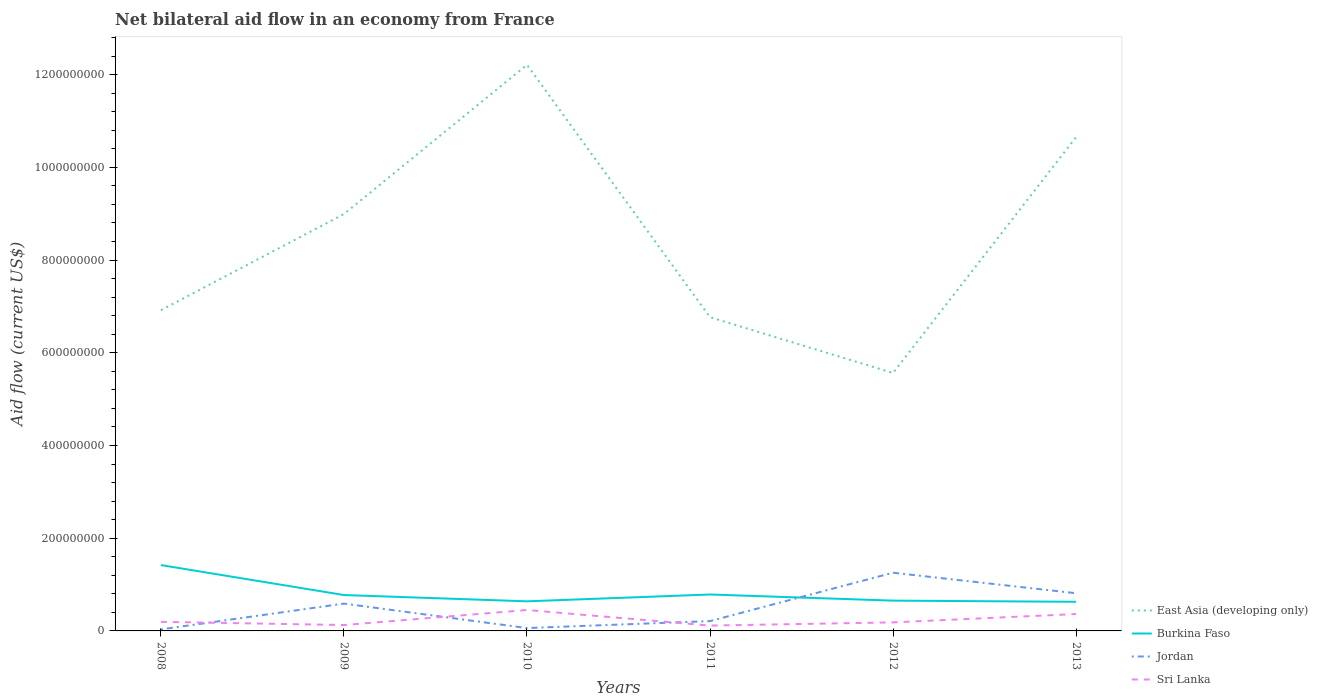
| Years | East Asia (developing only) | Burkina Faso | Jordan | Sri Lanka |
 | --- | --- | --- | --- | --- |
 | 2008 | 6.92e+08 | 1.42e+08 | 3.32e+06 | 1.96e+07 |
 | 2009 | 8.99e+08 | 7.74e+07 | 5.89e+07 | 1.27e+07 |
 | 2010 | 1.22e+09 | 6.38e+07 | 6.16e+06 | 4.51e+07 |
 | 2011 | 6.77e+08 | 7.85e+07 | 2.12e+07 | 1.15e+07 |
 | 2012 | 5.56e+08 | 6.53e+07 | 1.26e+08 | 1.84e+07 |
 | 2013 | 1.07e+09 | 6.28e+07 | 8.13e+07 | 3.64e+07 |